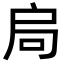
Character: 𭠂